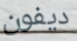
ديفون